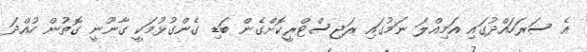
އެ ސަރަހައްދުގައި އަމިއްލަ ނަމުގައި ރަޖިސްޓްރީކޮށްގެން ބަޑި ގެންގުޅުމަކީ ގާނޫނީ ގޮތުން ހުއްދަ